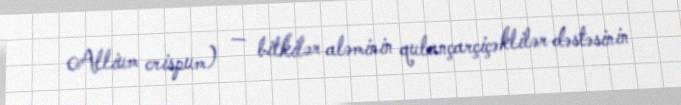
Allium crispum) — bitkilər aləminin qulançarçiçəklilər dəstəsinin